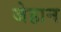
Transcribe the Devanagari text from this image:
जेहान